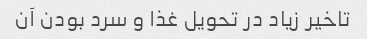
تاخیر زیاد در تحویل غذا و سرد بودن آن